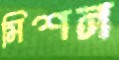
মিশন